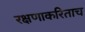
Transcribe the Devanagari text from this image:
रक्षणाकरिताच